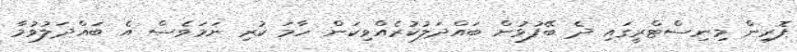
ފޮރިން މިނިސްޓްރީގައި ދެ ބޭފުޅުން ބައްދަލުކުރެއްވިކަން ހާމަ ކުރި ނަމަވެސް އެ ބައްދަލުވުމާ